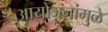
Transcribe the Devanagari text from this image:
आयोजनांमुळे